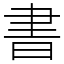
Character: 書